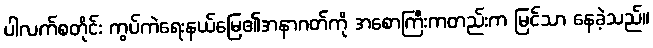
ပါလက်စတိုင်း ကွပ်ကဲရေးနယ်မြေ၏အနာဂတ်ကို အစောကြီးကတည်းက မြင်သာ နေခဲ့သည်။